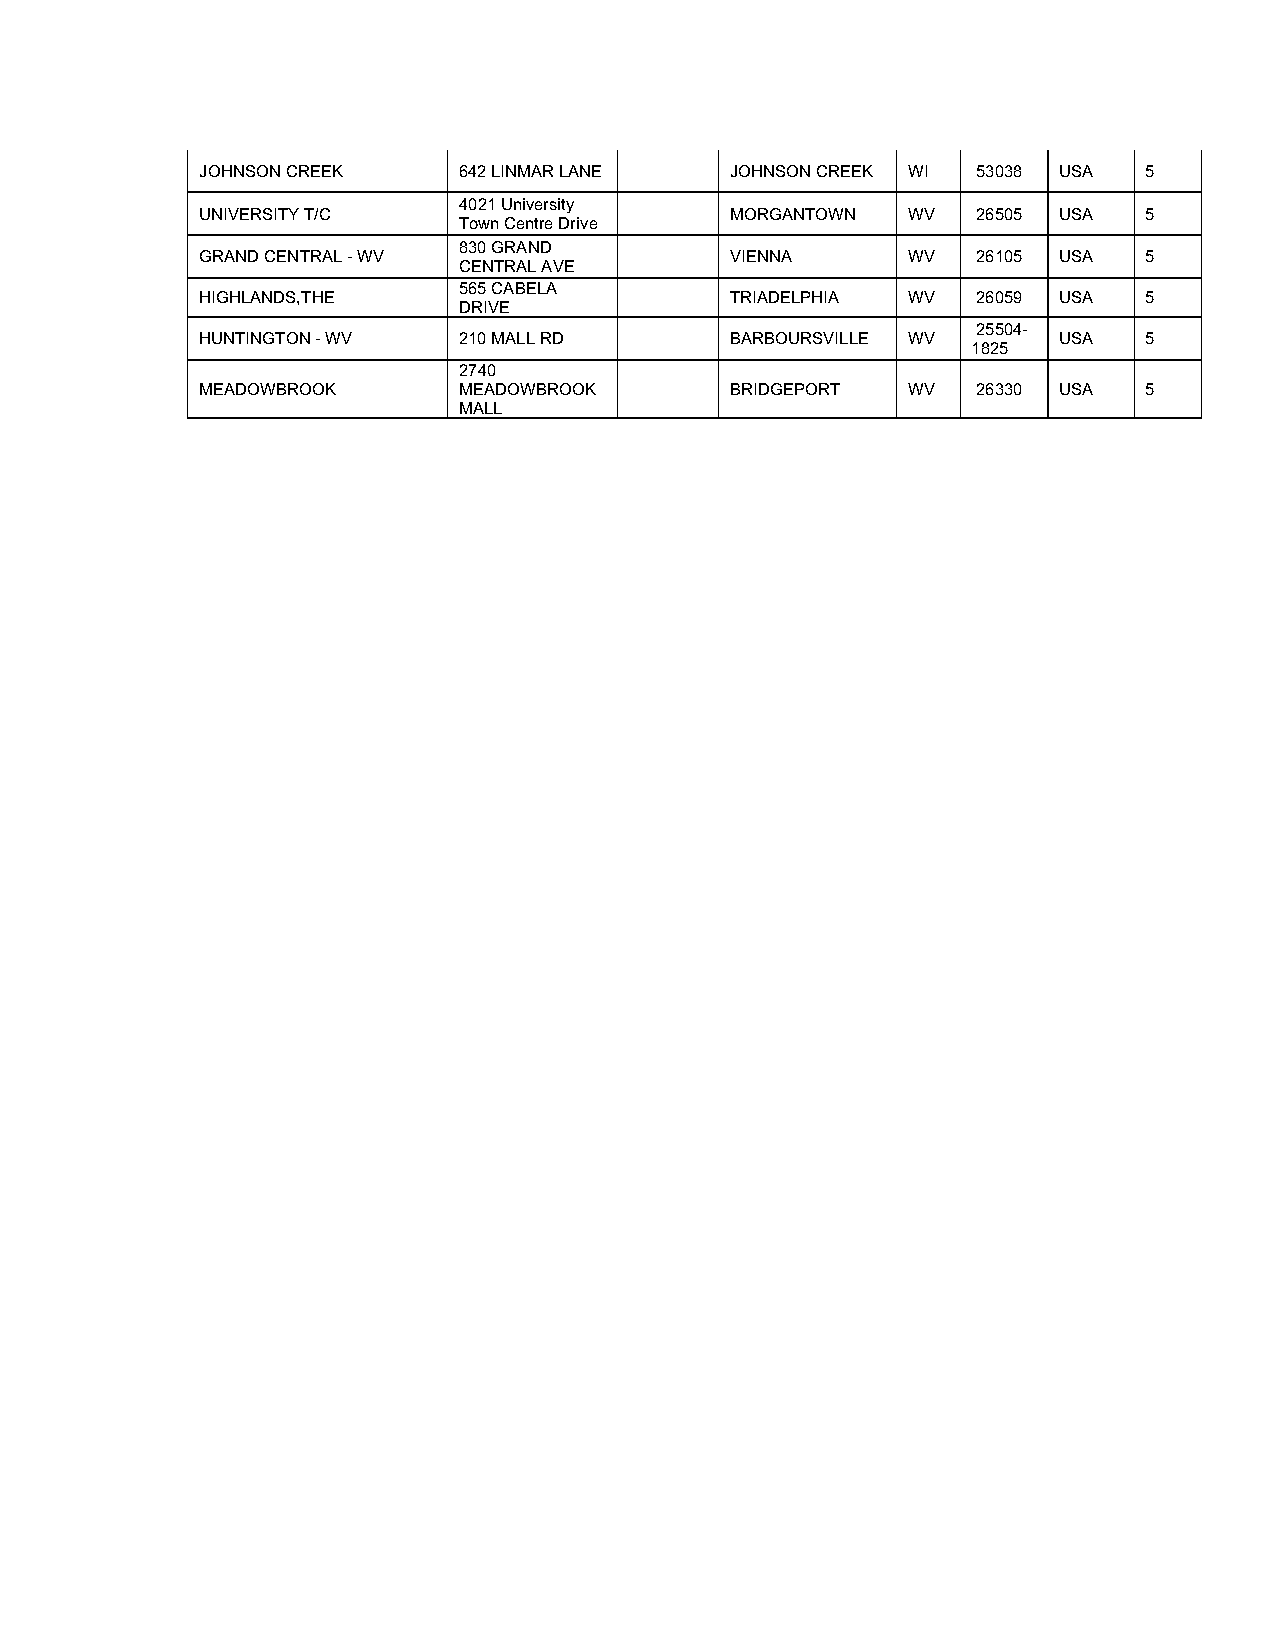
JOHNSON CREEK    642 LINMAR LANE   JOHNSON CREEK WI 53038 USA  5
 4021 University
 UNIVERSITY T/C                     MORGANTOWN  WV   26505 USA  5
 Town Centre Drive
 830 GRAND
 GRAND CENTRAL - WV                 VIENNA      WV   26105 USA  5
 CENTRAL AVE
 565 CABELA
 HIGHLANDS,THE                      TRIADELPHIA WV   26059 USA  5
 DRIVE
 25504-
 HUNTINGTON - WV  210 MALL RD       BARBOURSVILLE WV      USA   5
 1825
 2740
 MEADOWBROOK      MEADOWBROOK       BRIDGEPORT  WV   26330 USA  5
 MALL